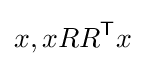
x,xRR^{\textsf {T}}x